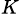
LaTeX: _K